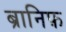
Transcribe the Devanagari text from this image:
ब्रानिफ़